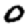
Digit: 0